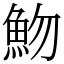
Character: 魩